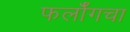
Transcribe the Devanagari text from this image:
फर्लाँगचा